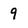
Character: 9